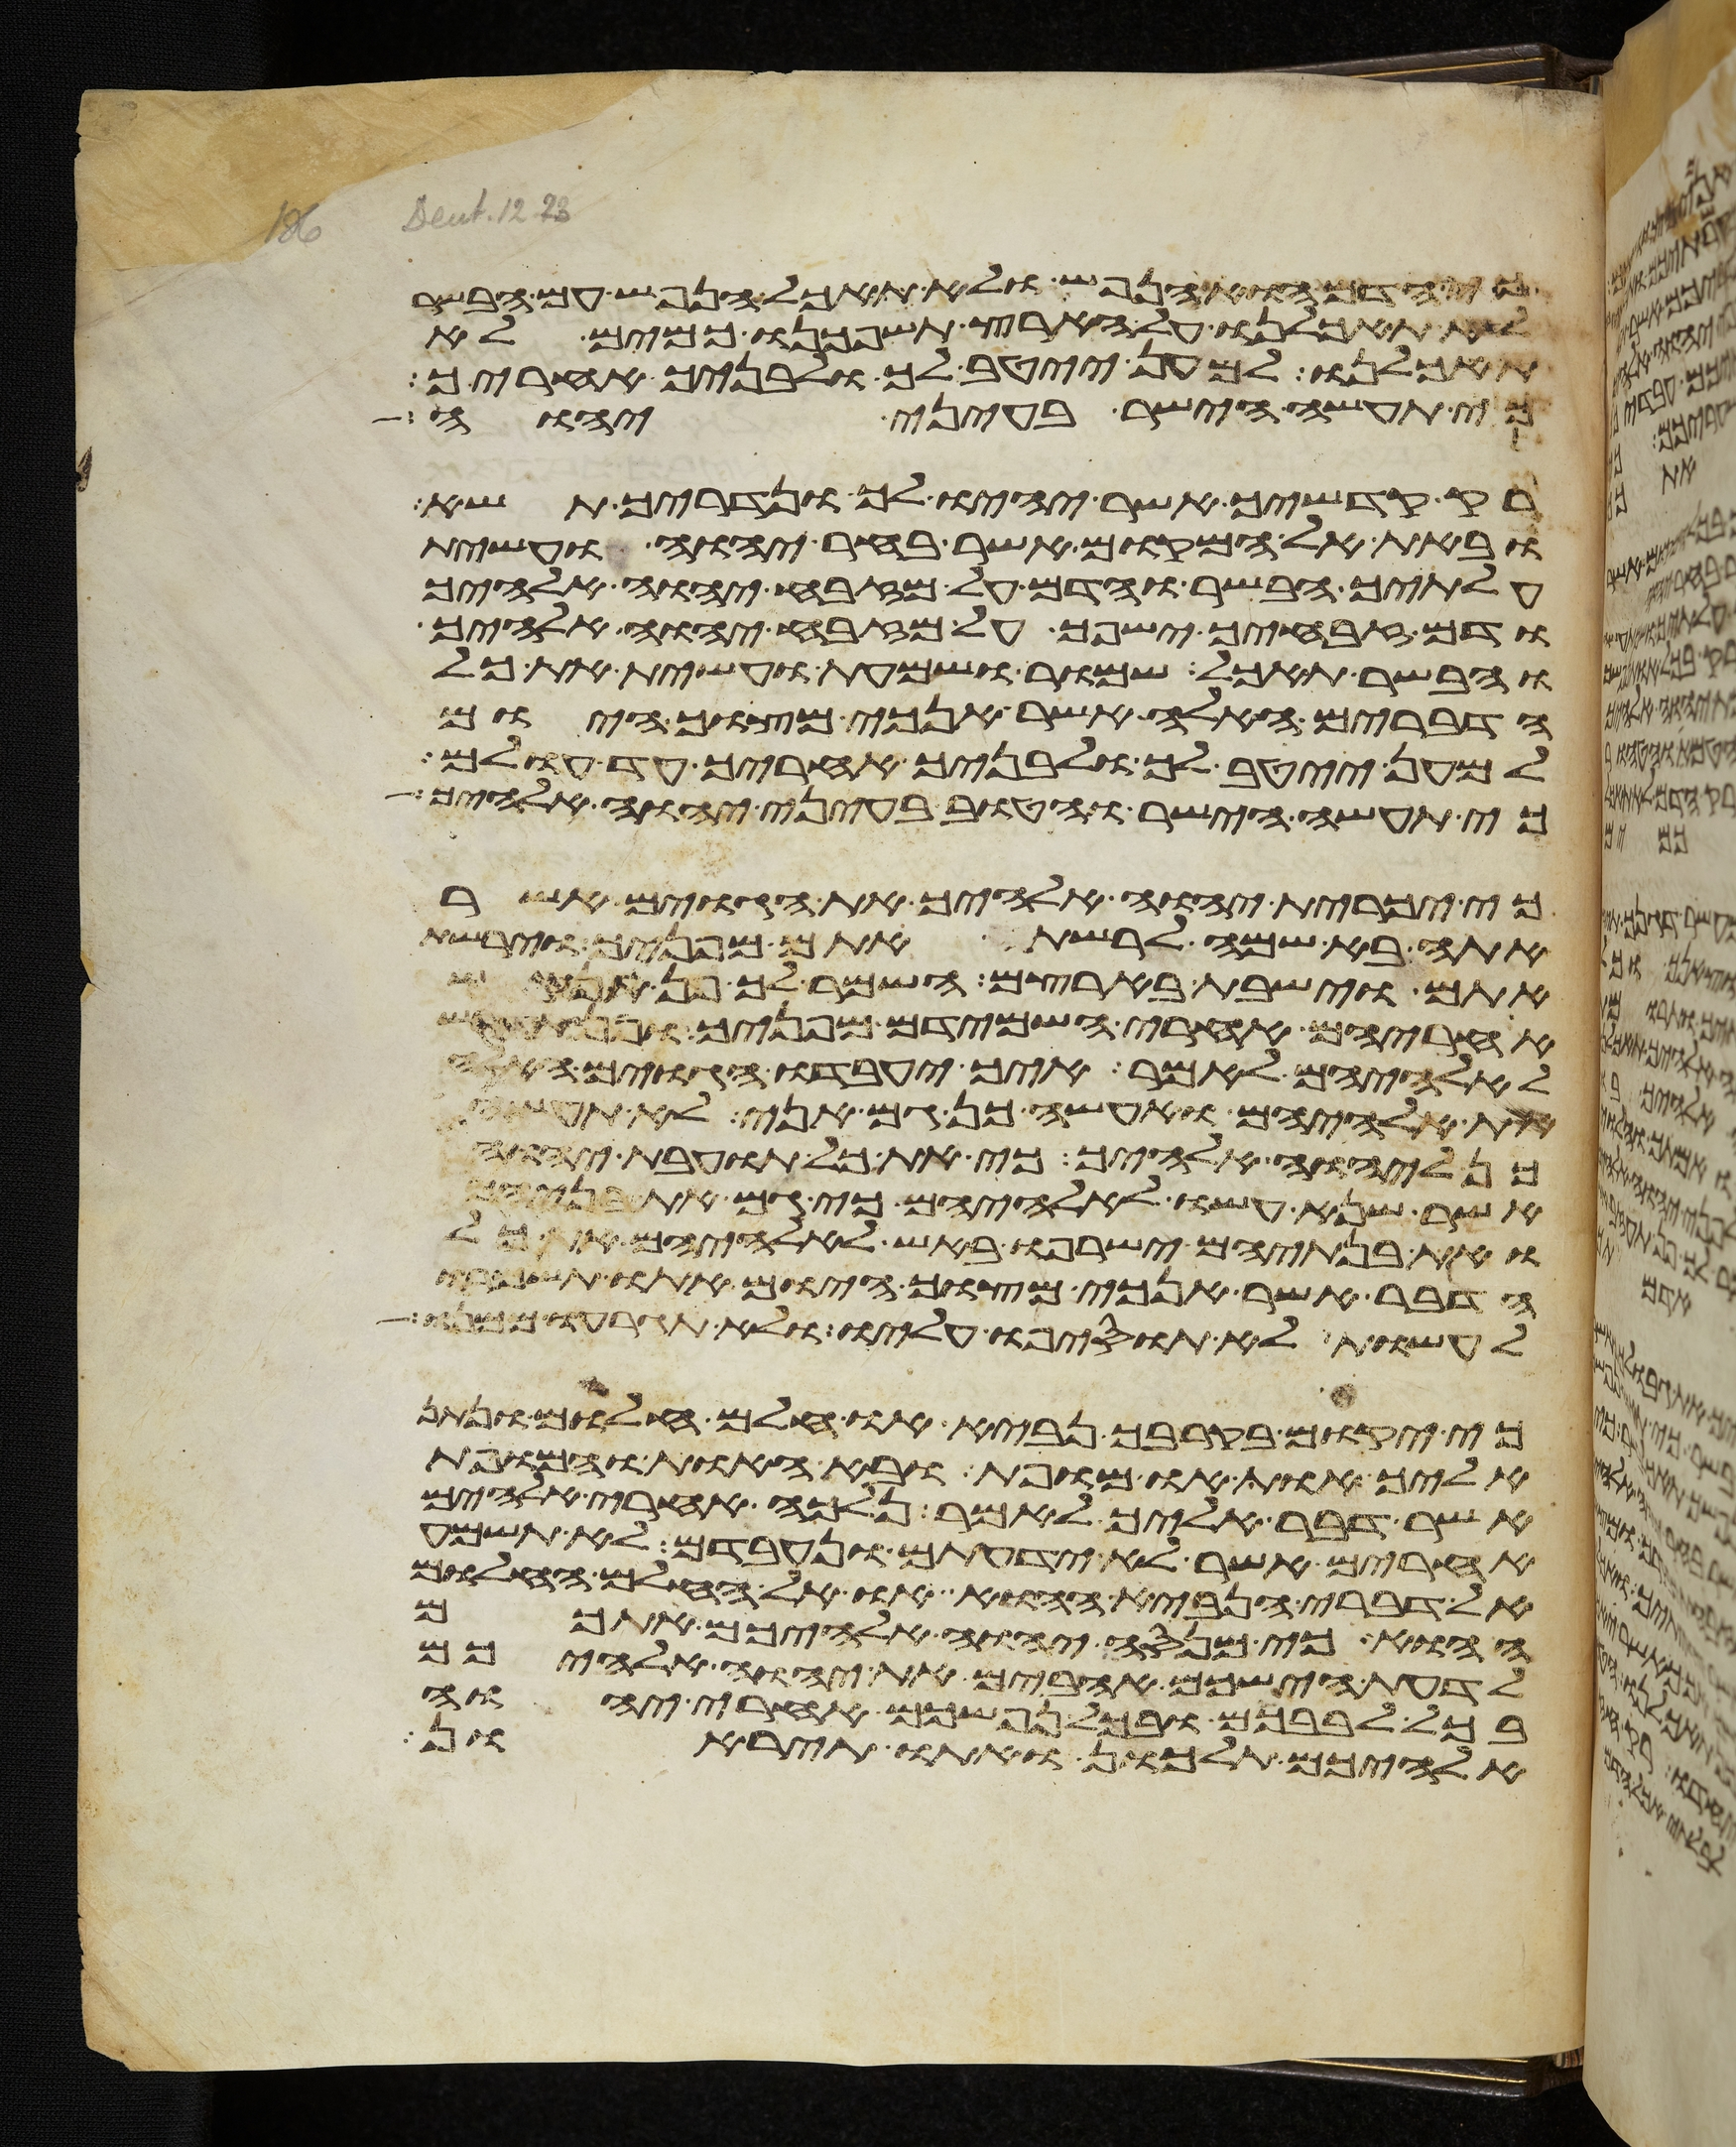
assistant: כי הדם הוא הנפש ולא תאכל הנפש עם הבשר
לא תאכלנו על הארץ תשפכנו כמים לא
תאכלנו למען ייטב לך ולבניך אחריך
כי תעשה הישר בעיני יהוה
רק קדשיך אשר יהיו לך ונדריך תשא
ובאת אל המקום אשר בחר יהוה ועשית
עלתיך הבשר והדם על מזבח יהוה אלהיך
ודם זבחיך ישפך על מזבח יהוה אלהיך
והבשר תאכל שמור ושמעת ועשית את כל
הדברים האלה אשר אנכי מצוך היום
למען ייטב לך ולבניך אחריך עד עולם
כי תעשה הישר והטוב בעיני יהוה אלהיך
כי יכרית יהוה אלהיך את הגוים אשר
אתה בא שם לרשת אתם מפניך וירשת
אתם וישבת בארצם השמר לך פן תנקש
אחריהם אחרי השמידם מפניך ופן
לאלהיהם לאמר איך יעבדו הגוים האלה
את אלהיהם ואעשה כן גם אני לא תעשה
ליהוה אלהיך כי את כל תועבת יהוה
אשר שנא עשו לאלהיהם כי גם את בניהם
ואת בנתיהם ישרפו באש לאלהיהם את כל
הדבר אשר אנכי מצוך היום אתו תשמרו
לעשות לא תוסיפו עליו ולא תגרעו ממנו
כי יקום בקרבך נביא או חלם חלום ונתן
אליך אות או מופת ובא האות והמופת
אשר דבר אליך לאמר נלכה אחרי אלהים
אחרים אשר לא ידעתם ונעבדם לא תשמע
אל דברי הנביא ההוא או אל החלם החלום
ההוא כי מנסה יהוה אלהיכם אתכם
לדעת הישכם אהבים את יהוה אלהיכם
בכל לבבכם ובכל נפשכם אחרי יהוה
אלהיכם תלכון ואתו תיראון